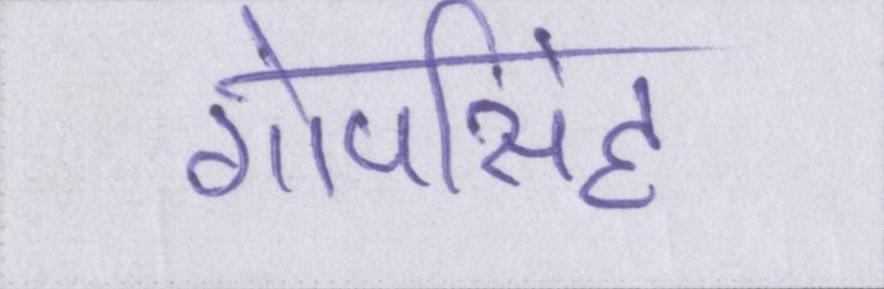
गोपसिंह